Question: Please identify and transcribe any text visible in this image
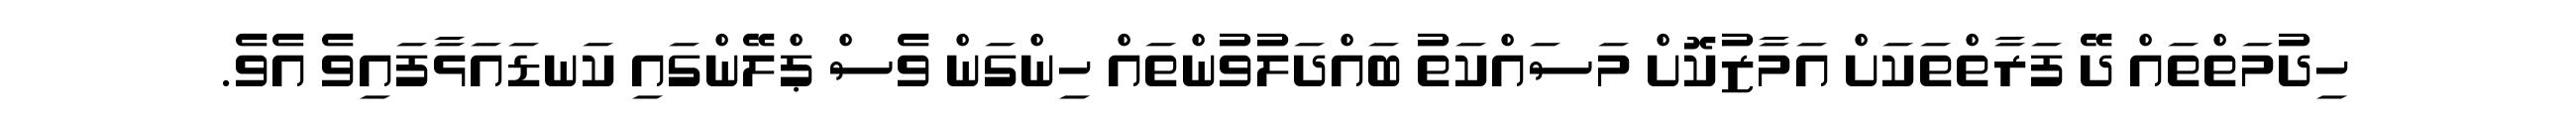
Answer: ހިދުމަތްތައް ދޭ ފަރާތްތަކަށް އަމާޒުކޮށް މަސައްކަތު ބައްދަލުވުންތައް ހިންގަން ވެސް ޕްލޭންގައި ކަނޑައަޅާފައިވެ އެވެ.